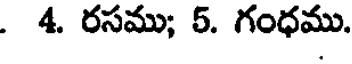
. 4. రసము; 5. గంధము.